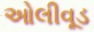
ઓલીવૂડ